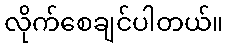
လိုက်စေချင်ပါတယ်။